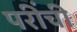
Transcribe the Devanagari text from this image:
परींची